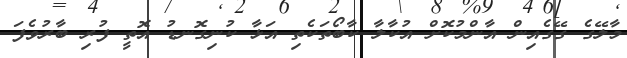
މާލޭގެ ގޭގެއިން އާންމުކޮށް އުކާލާ ކާބޯތަކެތި އަޅާ ކުނިގޮނޑު އޮތީ ފުރި ބާރުވެފަ